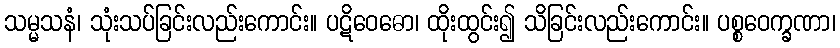
သမ္မသနံ၊ သုံးသပ်ခြင်းလည်းကောင်း။ ပဋိဝေဓော၊ ထိုးထွင်း၍ သိခြင်းလည်းကောင်း။ ပစ္စဝေက္ခဏာ၊